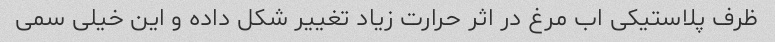
ظرف پلاستیکی اب مرغ در اثر حرارت زیاد تغییر شکل داده و این خیلی سمی